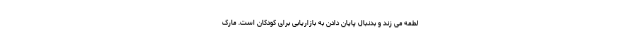
لطمه می زند و بدنبال پایان دادن به بازاریابی برای کودکان است. مارک